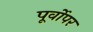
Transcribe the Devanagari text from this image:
पूर्वोपर